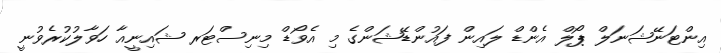
އިންޓަނޭޝަނަލް ޕޯލް އެންޑް ލައިން ފައުންޑޭޝަންގެ މި އެވޯޑް މިނިސްޓަރ ޝައިނީއާ ހަވާލުކުރެވުނީ